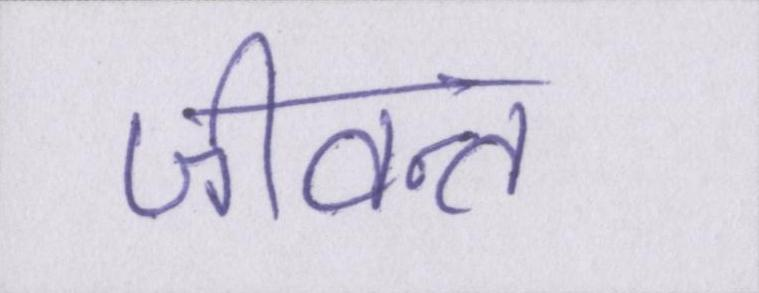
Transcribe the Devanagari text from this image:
जीवन्त